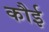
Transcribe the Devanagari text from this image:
कौई